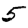
Digit: 5